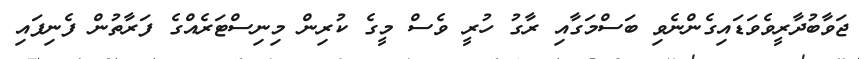
ޖަވާބުދާރީވެވަޑައިގެންނެވި ބަސްމަގާއި ރާގު ހުރީ ވެސް މީގެ ކުރިން މިނިސްޓަރެއްގެ ފަރާތުން ފެނިފައި